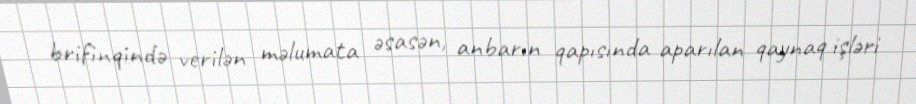
brifinqində verilən məlumata əsasən, anbarın qapısında aparılan qaynaq işləri